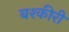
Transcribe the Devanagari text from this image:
बश्कीरी